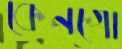
কেনগো